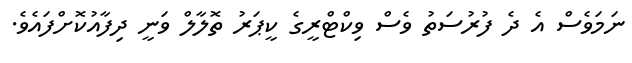
ނަމަވެސް އެ ދެ ފުރުސަތު ވެސް ވިކްޓްރީގެ ކީޕަރު ތޮލާލް ވަނީ ދިފާއުކޮށްފައެވެ.